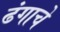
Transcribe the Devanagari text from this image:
ढंगाचे